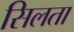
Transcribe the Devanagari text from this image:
सिलता